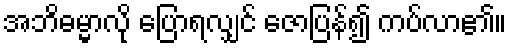
အဘိဓမ္မာလို ပြောရလျှင် ဇောပြန်၍ ကပ်လာ၏။